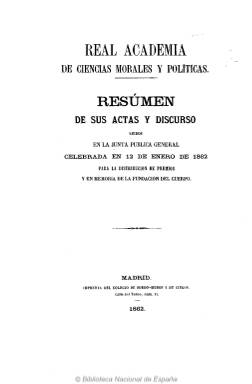
Título: Resumen de sus actas y discurso
Otros títulos: Título: Resumen de las actas de la Real Academia de Ciencias Morales y Políticas, <1890>
Colección: Anuarios e informes
Ámbito geográfico: Madrid
Lugar de publicación: Madrid
Fechas: 01/01/1862-31/12/1896

La Real Academia de Ciencias Morales y Políticas fue fundada en 1857 y celebró su sesión inaugural el diecinueve de diciembre de 1858. Por Real Decreto de cuatro de junio de 1859 se le encomienda a su secretario la redacción del Resumen de sus actas que es leído en la junta pública general para la distribución de premios y en memoria de la fundación del cuerpo. El primer Resumen… es publicado en 1862, siendo su autor el jurista y político Pedro Gómez de la Serna (1806-1871), como académico de número y secretario. En el mismo impreso se publicará también el discurso, que en este caso corresponde al del político, escritor y académico Antonio Alcalá Galiano (1789-1865), así como la relación de donativos de libros destinados a la biblioteca de la institución. Los siguientes resúmenes de sus actas y discurso son editados en 1866, 1871, 1876, 1883, 1884, 1885, 1890 y 1896, por lo que su frecuencia de aparición fue irregular, así como su paginación lo sería variada.

Cada resumen da cuenta de la historia y desarrollo de esta institución, de los concursos y distribución de premios y recompensas que promovió a partir de 1860, de la lectura de los trabajos científicos encomendados a sus miembros o de las publicaciones que mandaba imprimir, así como de las necrológicas tras el fallecimiento de sus académicos, las vacantes producidas y la elección y nombramiento de los nuevos, además de la formación de su biblioteca.

En 1876, el resumen es obra del secretario interino, Fernando Álvarez (1820-1883), y en 1883,  del canonista, jurisconsulto e historiador Vicente de la Fuente (1817-1889), como censor y en defecto del secretario, y como se cumple el vigésimo quinto aniversario de la fundación de la Academia, se da cuenta de esta conmemoración, así como de las defunciones y recepciones de académicos y correspondientes, concursos ordinarios y extraordinarios, informes evacuados y discusiones sobre puntos importantes, y publicaciones mandadas imprimir en los últimos siete años. A partir de 1884, el resumen lo redactará el político José García Barzanallana (1819-1903), como su secretario.

En cuanto a los discursos publicados, en el impreso de 1866, corresponde al leído por el jurista, historiador y político Antonio Benavides (1807-1884); en el de 1871, al del jurista y político Fernando Calderón Collantes (1811-1890); en 1876, al de Manuel Alonso Martínez (1827-1891); en 1883, al del político Florencio Rodríguez Vaamonde (1807-1886), que fue presidente de la corporación desde 1869 hasta su fallecimiento, y coincidiendo con el 25 aniversario de la fundación de la Academia, el volumen incluye una serie de apéndices, como es el de la relación de libros, publicaciones y medallas regaladas a la institución en los últimos seis años.

En el impreso de 1884, el discurso incluido corresponde al del político Carlos María Perier (1822-1893); en el de 1885; al del historiador y político Francisco de Borja Queipo de Llano, conde Toreno (1810-1890); y en el de 1896 y último, al discurso del político y administrativista Vicente Santamaría de Paredes (1853-1924), que, al final, tiene un índice.